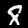
Label: 8